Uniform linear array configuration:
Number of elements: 12
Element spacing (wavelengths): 0.25
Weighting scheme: binomial
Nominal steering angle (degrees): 0
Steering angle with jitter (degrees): -0.6447
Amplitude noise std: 0.05
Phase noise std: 0.05

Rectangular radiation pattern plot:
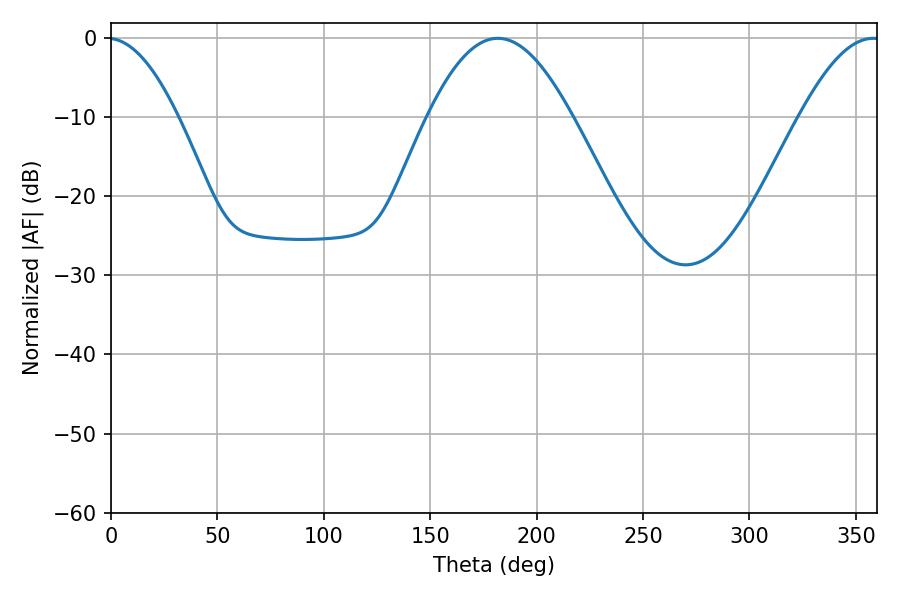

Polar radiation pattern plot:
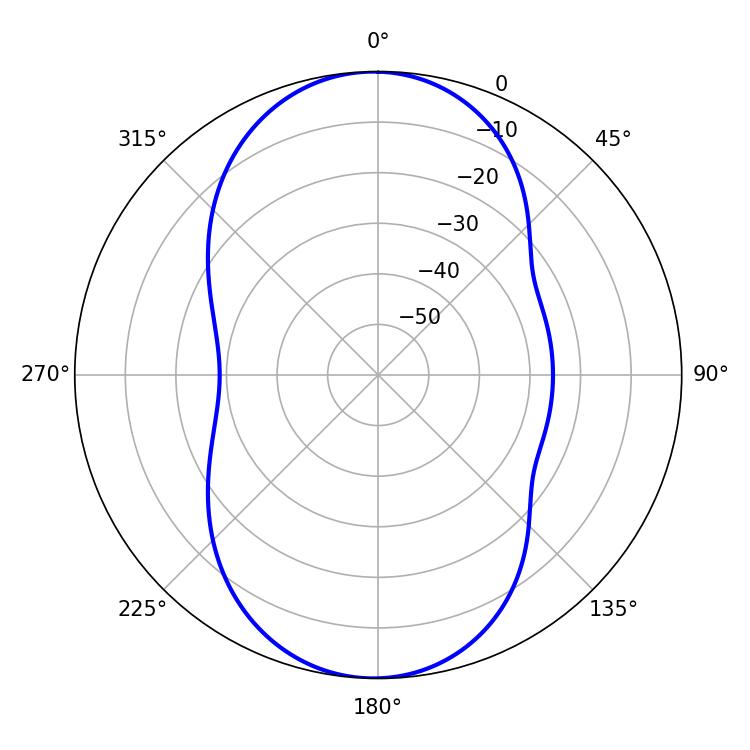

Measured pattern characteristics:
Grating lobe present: FALSE
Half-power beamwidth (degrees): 36.72
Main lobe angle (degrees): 181.8